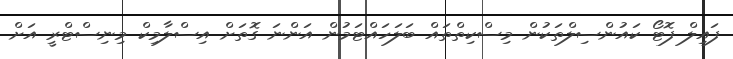
ފައިލް ފޮޓޯ ކައުންސިލްތަކުން މިސްކިތްތައް ބަލަހައްޓަމުން އަންނަ ގޮތަށް އިސްލާމިކް މިނިސްޓްރީ އަށް